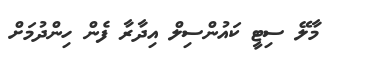
މާލޭ ސިޓީ ކައުންސިލް އިދާރާ ފެން ހިންދުމަށް